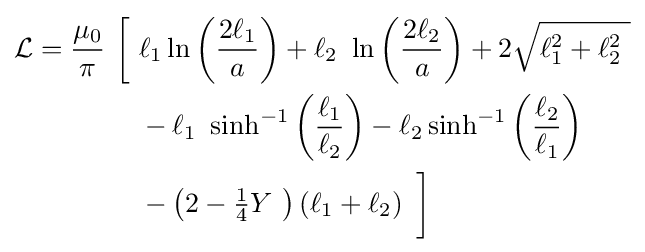
{\begin{aligned}{\mathcal {L}}={\frac {\mu _{0}}{\pi }}\ {\biggl [}\ &\ell _{1}\ln \left({\frac {2\ell _{1}}{a}}\right)+\ell _{2}\ \ln \left({\frac {2\ell _{2}}{a}}\right)+2{\sqrt {\ell _{1}^{2}+\ell _{2}^{2}\ }}\\&-\ell _{1}\ \sinh ^{-1}\left({\frac {\ell _{1}}{\ell _{2}}}\right)-\ell _{2}\sinh ^{-1}\left({\frac {\ell _{2}}{\ell _{1}}}\right)\\&-\left(2-{\tfrac {1}{4}}Y\ \right)\left(\ell _{1}+\ell _{2}\right)\ {\biggr ]}\end{aligned}}